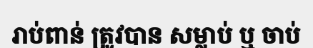
រាប់ពាន់ ត្រូវបាន សម្លាប់ ឬ ចាប់